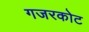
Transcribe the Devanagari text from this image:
गजरकोट